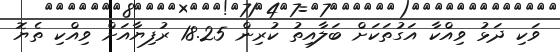
ވަކި ދަޅު ވިއްކާ އަގުތަކަށް ބަލާއިތު ކުރިން 18.25 ރުފިޔާއަށް ވިއްކި ތެޔޮ